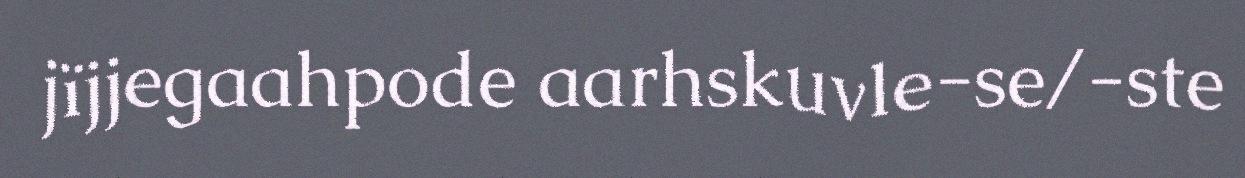
jïjjegaahpode aarhskuvle-se/-ste